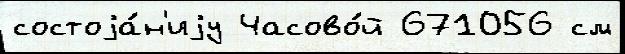
состоjа́н'иjу Часово́й 671056 см